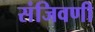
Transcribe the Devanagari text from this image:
संजिवणी